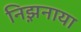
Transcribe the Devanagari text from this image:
निझ़नाया